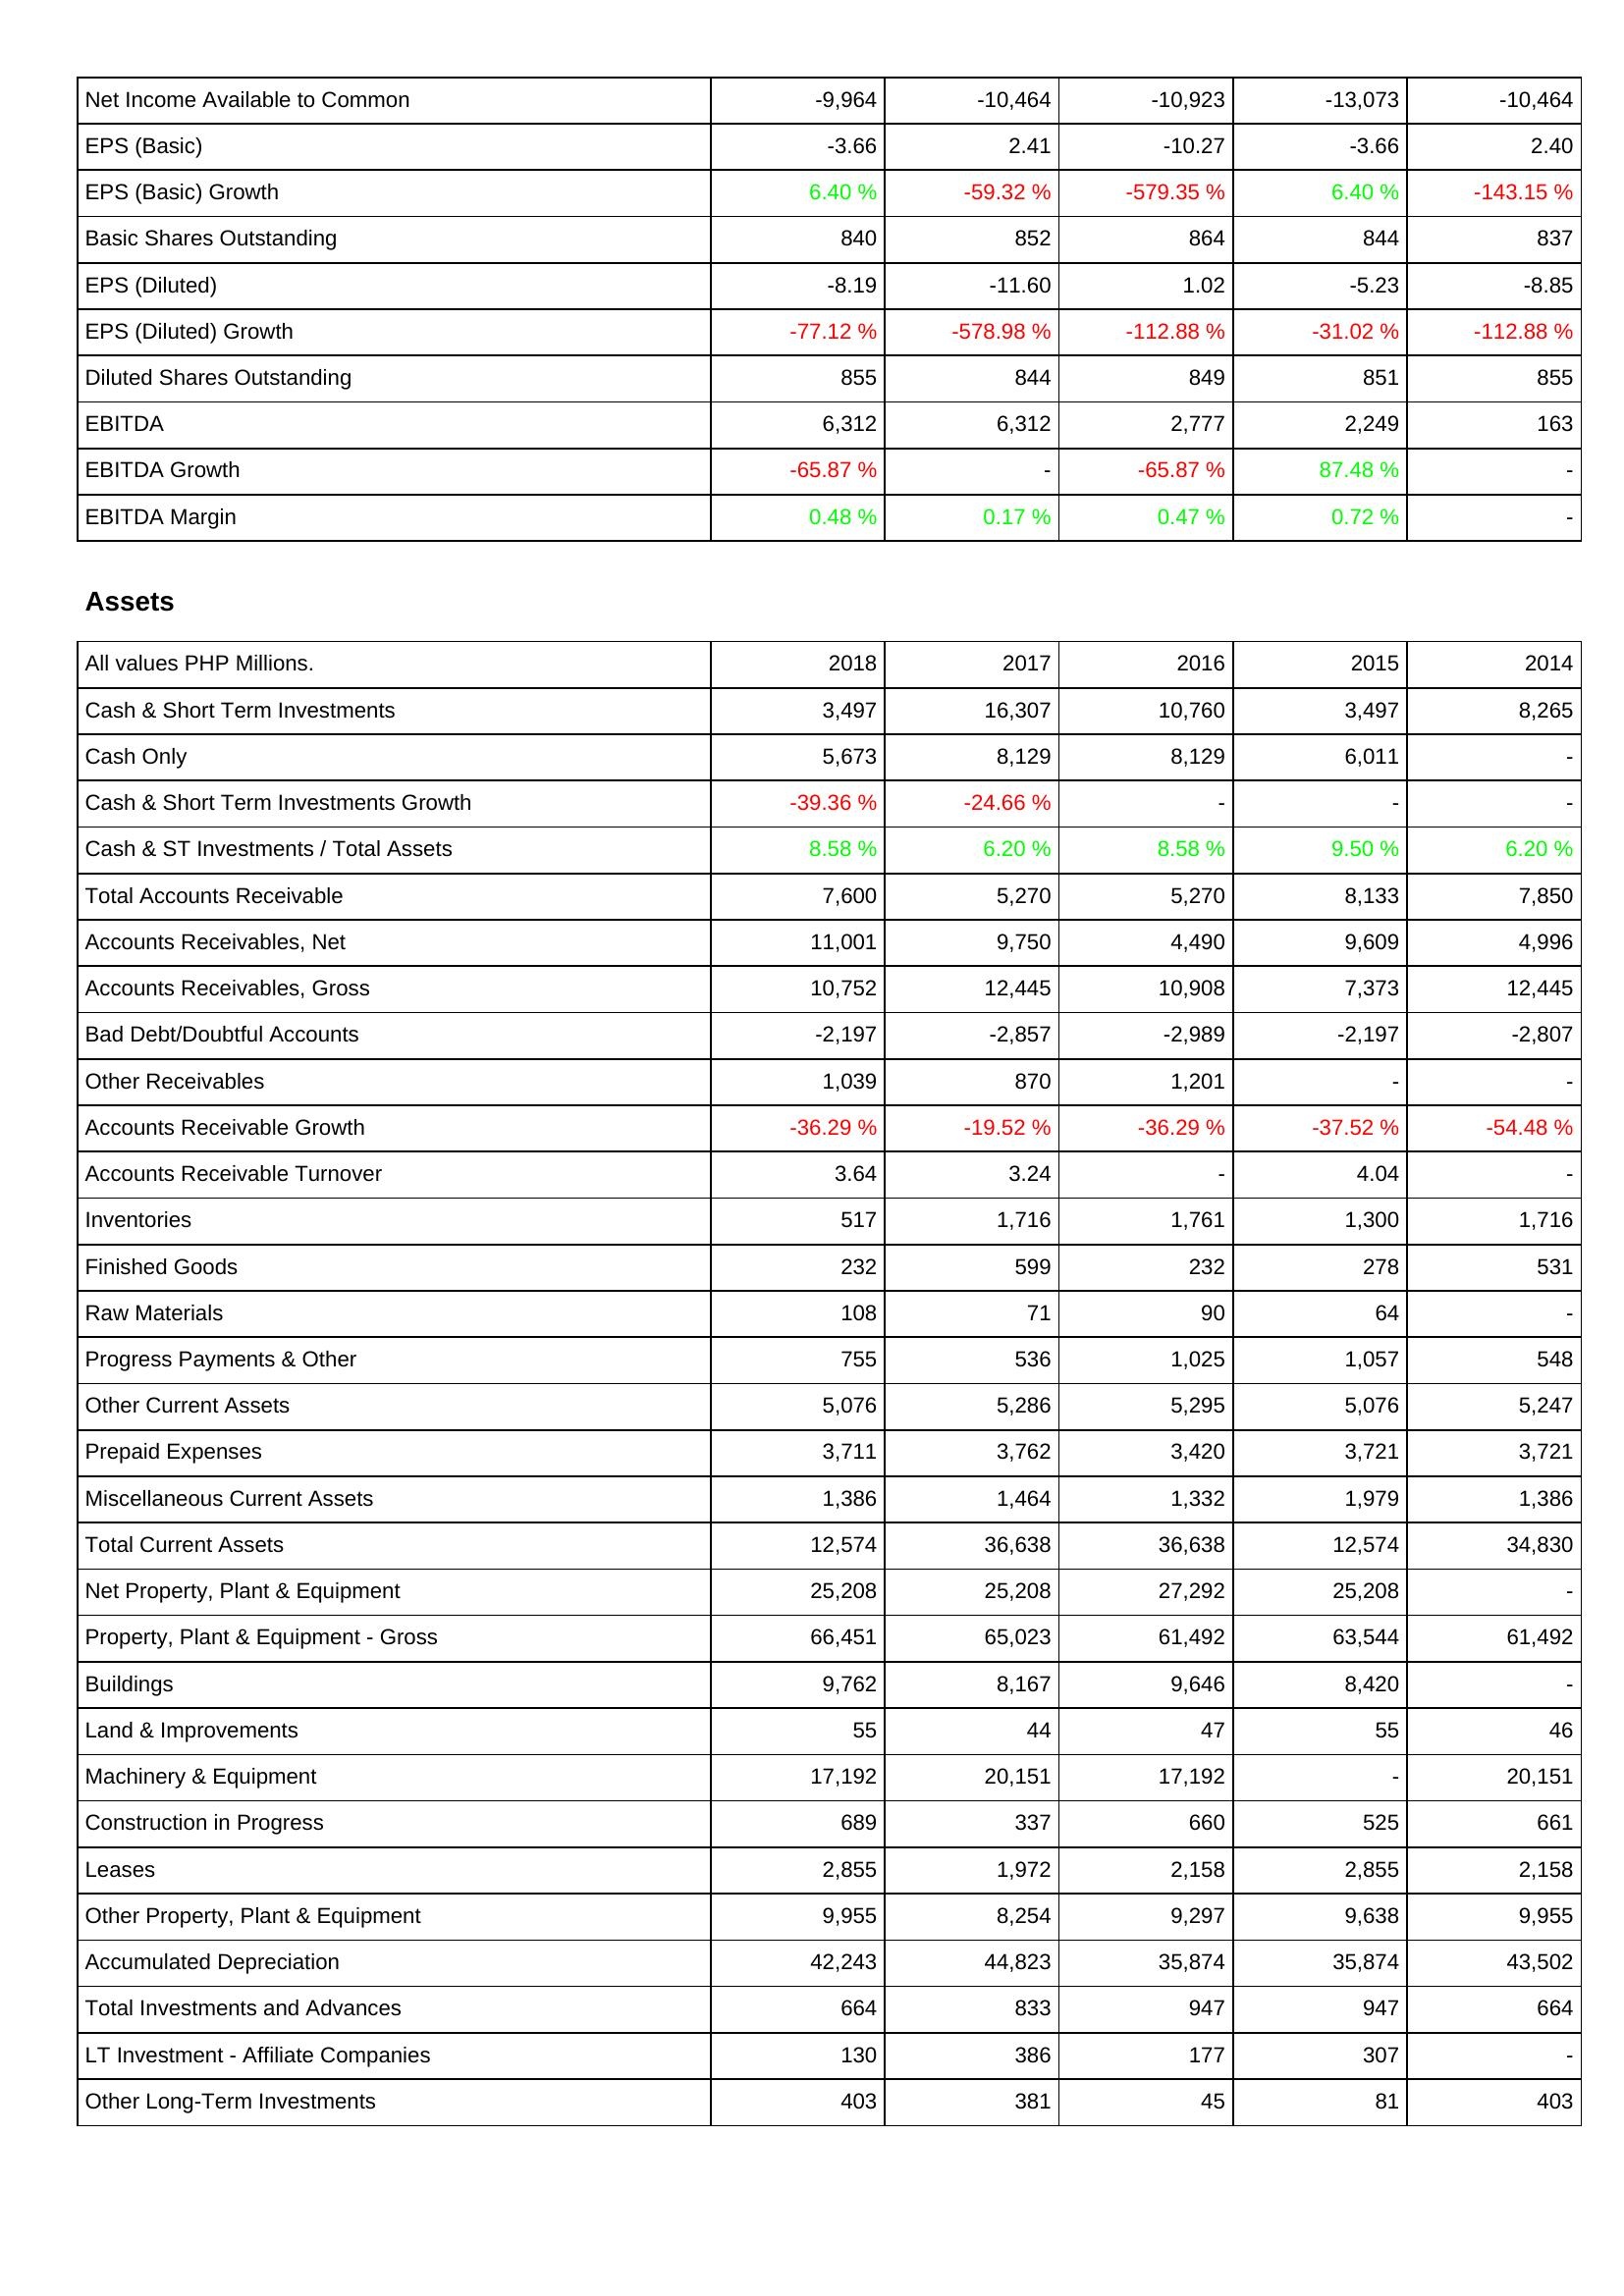
2018: Income Statement: Net Income Available to Common: -9,964
EPS (Basic): -3.66
EPS (Basic) Growth: 6.40 %
Basic Shares Outstanding: 840
EPS (Diluted): -8.19
EPS (Diluted) Growth: -77.12 %
Diluted Shares Outstanding: 855
EBITDA: 6,312
EBITDA Growth: -65.87 %
EBITDA Margin: 0.48 %
Assets: Cash & Short Term Investments: 3,497
Cash Only: 5,673
Cash & Short Term Investments Growth: -39.36 %
Cash & ST Investments / Total Assets: 8.58 %
Total Accounts Receivable: 7,600
Accounts Receivables, Net: 11,001
Accounts Receivables, Gross: 10,752
Bad Debt/Doubtful Accounts: -2,197
Other Receivables: 1,039
Accounts Receivable Growth: -36.29 %
Accounts Receivable Turnover: 3.64
Inventories: 517
Finished Goods: 232
Raw Materials: 108
Progress Payments & Other: 755
Other Current Assets: 5,076
Prepaid Expenses: 3,711
Miscellaneous Current Assets: 1,386
Total Current Assets: 12,574
Net Property, Plant & Equipment: 25,208
Property, Plant & Equipment - Gross: 66,451
Buildings: 9,762
Land & Improvements: 55
Machinery & Equipment: 17,192
Construction in Progress: 689
Leases: 2,855
Other Property, Plant & Equipment: 9,955
Accumulated Depreciation: 42,243
Total Investments and Advances: 664
LT Investment - Affiliate Companies: 130
Other Long-Term Investments: 403
2017: Income Statement: Net Income Available to Common: -10,464
EPS (Basic): 2.41
EPS (Basic) Growth: -59.32 %
Basic Shares Outstanding: 852
EPS (Diluted): -11.60
EPS (Diluted) Growth: -578.98 %
Diluted Shares Outstanding: 844
EBITDA: 6,312
EBITDA Growth: -
EBITDA Margin: 0.17 %
Assets: Cash & Short Term Investments: 16,307
Cash Only: 8,129
Cash & Short Term Investments Growth: -24.66 %
Cash & ST Investments / Total Assets: 6.20 %
Total Accounts Receivable: 5,270
Accounts Receivables, Net: 9,750
Accounts Receivables, Gross: 12,445
Bad Debt/Doubtful Accounts: -2,857
Other Receivables: 870
Accounts Receivable Growth: -19.52 %
Accounts Receivable Turnover: 3.24
Inventories: 1,716
Finished Goods: 599
Raw Materials: 71
Progress Payments & Other: 536
Other Current Assets: 5,286
Prepaid Expenses: 3,762
Miscellaneous Current Assets: 1,464
Total Current Assets: 36,638
Net Property, Plant & Equipment: 25,208
Property, Plant & Equipment - Gross: 65,023
Buildings: 8,167
Land & Improvements: 44
Machinery & Equipment: 20,151
Construction in Progress: 337
Leases: 1,972
Other Property, Plant & Equipment: 8,254
Accumulated Depreciation: 44,823
Total Investments and Advances: 833
LT Investment - Affiliate Companies: 386
Other Long-Term Investments: 381
2016: Income Statement: Net Income Available to Common: -10,923
EPS (Basic): -10.27
EPS (Basic) Growth: -579.35 %
Basic Shares Outstanding: 864
EPS (Diluted): 1.02
EPS (Diluted) Growth: -112.88 %
Diluted Shares Outstanding: 849
EBITDA: 2,777
EBITDA Growth: -65.87 %
EBITDA Margin: 0.47 %
Assets: Cash & Short Term Investments: 10,760
Cash Only: 8,129
Cash & Short Term Investments Growth: -
Cash & ST Investments / Total Assets: 8.58 %
Total Accounts Receivable: 5,270
Accounts Receivables, Net: 4,490
Accounts Receivables, Gross: 10,908
Bad Debt/Doubtful Accounts: -2,989
Other Receivables: 1,201
Accounts Receivable Growth: -36.29 %
Accounts Receivable Turnover: -
Inventories: 1,761
Finished Goods: 232
Raw Materials: 90
Progress Payments & Other: 1,025
Other Current Assets: 5,295
Prepaid Expenses: 3,420
Miscellaneous Current Assets: 1,332
Total Current Assets: 36,638
Net Property, Plant & Equipment: 27,292
Property, Plant & Equipment - Gross: 61,492
Buildings: 9,646
Land & Improvements: 47
Machinery & Equipment: 17,192
Construction in Progress: 660
Leases: 2,158
Other Property, Plant & Equipment: 9,297
Accumulated Depreciation: 35,874
Total Investments and Advances: 947
LT Investment - Affiliate Companies: 177
Other Long-Term Investments: 45
2015: Income Statement: Net Income Available to Common: -13,073
EPS (Basic): -3.66
EPS (Basic) Growth: 6.40 %
Basic Shares Outstanding: 844
EPS (Diluted): -5.23
EPS (Diluted) Growth: -31.02 %
Diluted Shares Outstanding: 851
EBITDA: 2,249
EBITDA Growth: 87.48 %
EBITDA Margin: 0.72 %
Assets: Cash & Short Term Investments: 3,497
Cash Only: 6,011
Cash & Short Term Investments Growth: -
Cash & ST Investments / Total Assets: 9.50 %
Total Accounts Receivable: 8,133
Accounts Receivables, Net: 9,609
Accounts Receivables, Gross: 7,373
Bad Debt/Doubtful Accounts: -2,197
Other Receivables: -
Accounts Receivable Growth: -37.52 %
Accounts Receivable Turnover: 4.04
Inventories: 1,300
Finished Goods: 278
Raw Materials: 64
Progress Payments & Other: 1,057
Other Current Assets: 5,076
Prepaid Expenses: 3,721
Miscellaneous Current Assets: 1,979
Total Current Assets: 12,574
Net Property, Plant & Equipment: 25,208
Property, Plant & Equipment - Gross: 63,544
Buildings: 8,420
Land & Improvements: 55
Machinery & Equipment: -
Construction in Progress: 525
Leases: 2,855
Other Property, Plant & Equipment: 9,638
Accumulated Depreciation: 35,874
Total Investments and Advances: 947
LT Investment - Affiliate Companies: 307
Other Long-Term Investments: 81
2014: Income Statement: Net Income Available to Common: -10,464
EPS (Basic): 2.40
EPS (Basic) Growth: -143.15 %
Basic Shares Outstanding: 837
EPS (Diluted): -8.85
EPS (Diluted) Growth: -112.88 %
Diluted Shares Outstanding: 855
EBITDA: 163
EBITDA Growth: -
EBITDA Margin: -
Assets: Cash & Short Term Investments: 8,265
Cash Only: -
Cash & Short Term Investments Growth: -
Cash & ST Investments / Total Assets: 6.20 %
Total Accounts Receivable: 7,850
Accounts Receivables, Net: 4,996
Accounts Receivables, Gross: 12,445
Bad Debt/Doubtful Accounts: -2,807
Other Receivables: -
Accounts Receivable Growth: -54.48 %
Accounts Receivable Turnover: -
Inventories: 1,716
Finished Goods: 531
Raw Materials: -
Progress Payments & Other: 548
Other Current Assets: 5,247
Prepaid Expenses: 3,721
Miscellaneous Current Assets: 1,386
Total Current Assets: 34,830
Net Property, Plant & Equipment: -
Property, Plant & Equipment - Gross: 61,492
Buildings: -
Land & Improvements: 46
Machinery & Equipment: 20,151
Construction in Progress: 661
Leases: 2,158
Other Property, Plant & Equipment: 9,955
Accumulated Depreciation: 43,502
Total Investments and Advances: 664
LT Investment - Affiliate Companies: -
Other Long-Term Investments: 403